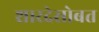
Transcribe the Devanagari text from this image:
शारदेसोबत